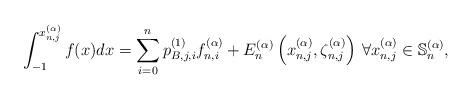
LaTeX: \begin{align*}\int_{ - 1}^{{x_{n,j}^{(\alpha )}}} {f(x) dx} = \sum\limits_{i = 0}^n {p_{B,j,i}^{(1)}} {f_{n,i}^{(\alpha )}} + E_n^{(\alpha )}\left({x_{n,j}^{(\alpha )}},{\zeta_{n,j}^{(\alpha)}}\right)\, \forall x_{n,j}^{(\alpha )} \in \mathbb{S}_n^{(\alpha )},\end{align*}